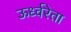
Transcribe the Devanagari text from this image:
ऊर्ध्वरेता